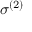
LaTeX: \sigma ^ { ( 2 ) }